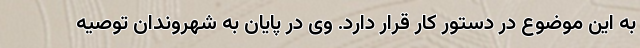
به این موضوع در دستور کار قرار دارد. وی در پایان به شهروندان توصیه